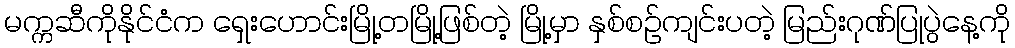
မက္ကဆီကိုနိုင်ငံက ရှေးဟောင်းမြို့တမြို့ဖြစ်တဲ့ မြို့မှာ နှစ်စဉ်ကျင်းပတဲ့ မြည်းဂုဏ်ပြုပွဲနေ့ကို